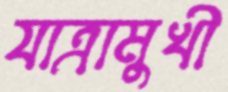
যাত্রামুখী